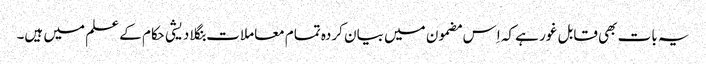
یہ بات بھی قابل غور ہے کہ اِس مضمون میں بیان کردہ تمام معاملات بنگلا دیشی حکام کے علم میں ہیں۔